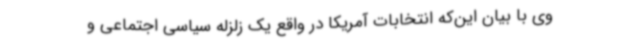
وی با بیان این‌که انتخابات آمریکا در واقع یک زلزله سیاسی اجتماعی و